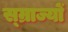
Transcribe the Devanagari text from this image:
स्म्राज्यों